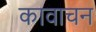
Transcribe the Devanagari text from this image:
कावाचन